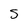
Character: S